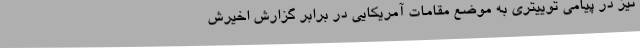
نیز در پیامی توییتری به موضع مقامات آمریکایی در برابر گزارش اخیرش